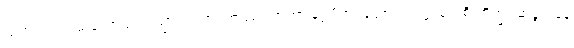
သကျကုလပ္ပသုတော စာယသ္မာ တထာဂတဿ ဘာတာ စူဠပိတုပုတ္တော။ တတ္ထ ကေစိ ဘိက္ခူ ဆန္ဒာဂမနံ